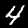
Label: 4